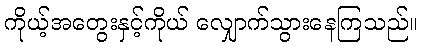
ကိုယ့်အတွေးနှင့်ကိုယ် လျှောက်သွားနေကြသည်။